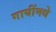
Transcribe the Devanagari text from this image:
गायींमधे